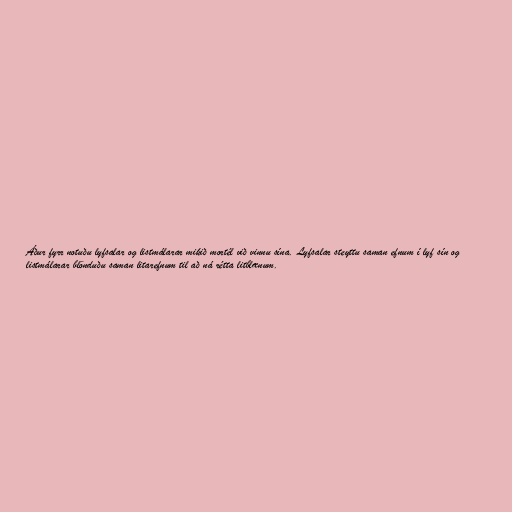
Áður fyrr notuðu lyfsalar og listmálarar mikið mortél við vinnu sína. Lyfsalar steyttu saman efnum í lyf sín og
listmálarar blönduðu saman litarefnum til að ná rétta litblænum.